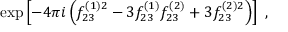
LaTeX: \exp \left[ - 4 \pi i \left( f _ { 2 3 } ^ { ( 1 ) 2 } - 3 f _ { 2 3 } ^ { ( 1 ) } f _ { 2 3 } ^ { ( 2 ) } + 3 f _ { 2 3 } ^ { ( 2 ) 2 } \right) \right] \; ,